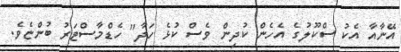
އޭނާއާ އެކު ސްކޫލުގެ އެހެން ކުދިން ވެސް ކުޅެ ހަދާ" ހެޑްމާސްޓަރު ބުންޏެވެ.